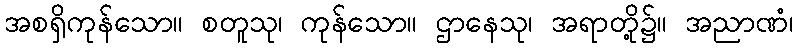
အစရှိကုန်သော။ စတူသု၊ ကုန်သော။ ဌာနေသု၊ အရာတို့၌။ အညာဏံ၊